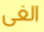
الغى